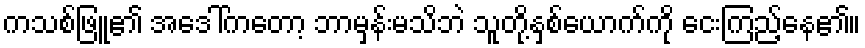
ကသစ်ဖြူ၏ အဒေါ်ကတော့ ဘာမှန်းမသိဘဲ သူတို့နှစ်ယောက်ကို ငေးကြည့်နေ၏။